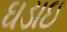
ઘડાઇ